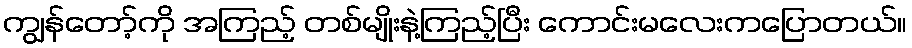
ကျွန်တော့်ကို အကြည့် တစ်မျိုးနဲ့ကြည့်ပြီး ကောင်းမလေးကပြောတယ်။